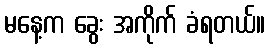
မနေ့က ခွေး အကိုက် ခံရတယ်။